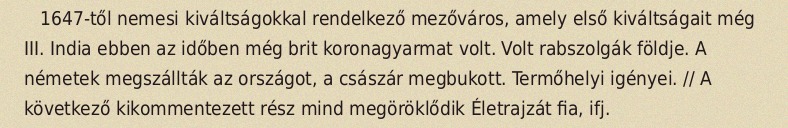
1647-től nemesi kiváltságokkal rendelkező mezőváros, amely első kiváltságait még III. India ebben az időben még brit koronagyarmat volt. Volt rabszolgák földje. A németek megszállták az országot, a császár megbukott. Termőhelyi igényei. // A következő kikommentezett rész mind megöröklődik Életrajzát fia, ifj.